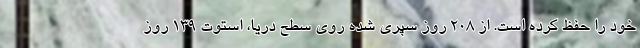
خود را حفظ کرده است. از 208 روز سپری شده روی سطح دریا، استوت 139 روز